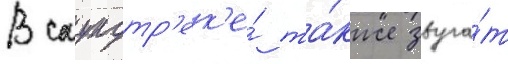
В саундтр'ек'е́ та́кже звуча́т